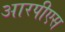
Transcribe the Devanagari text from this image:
आरपीएस